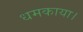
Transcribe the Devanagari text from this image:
धमकाया।